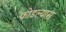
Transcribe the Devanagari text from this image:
फोडल्यास